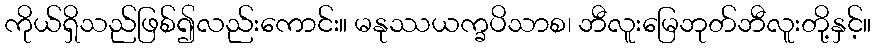
ကိုယ်ရှိသည်ဖြစ်၍လည်းကောင်း။ မနုဿယက္ခပိသာစ၊ ဘီလူးမြေဘုတ်ဘီလူးတို့နှင့်။